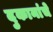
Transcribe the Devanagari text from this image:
दुकानांचे